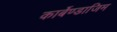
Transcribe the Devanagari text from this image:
कार्बेण्डाजिम